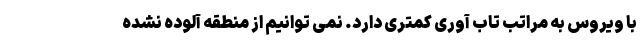
با ویروس به مراتب تاب آوری کمتری دارد. نمی توانیم از منطقه آلوده نشده